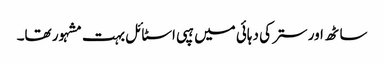
ساٹھ اور ستر کی دہائی میں ہپی اسٹائل بہت مشہور تھا۔